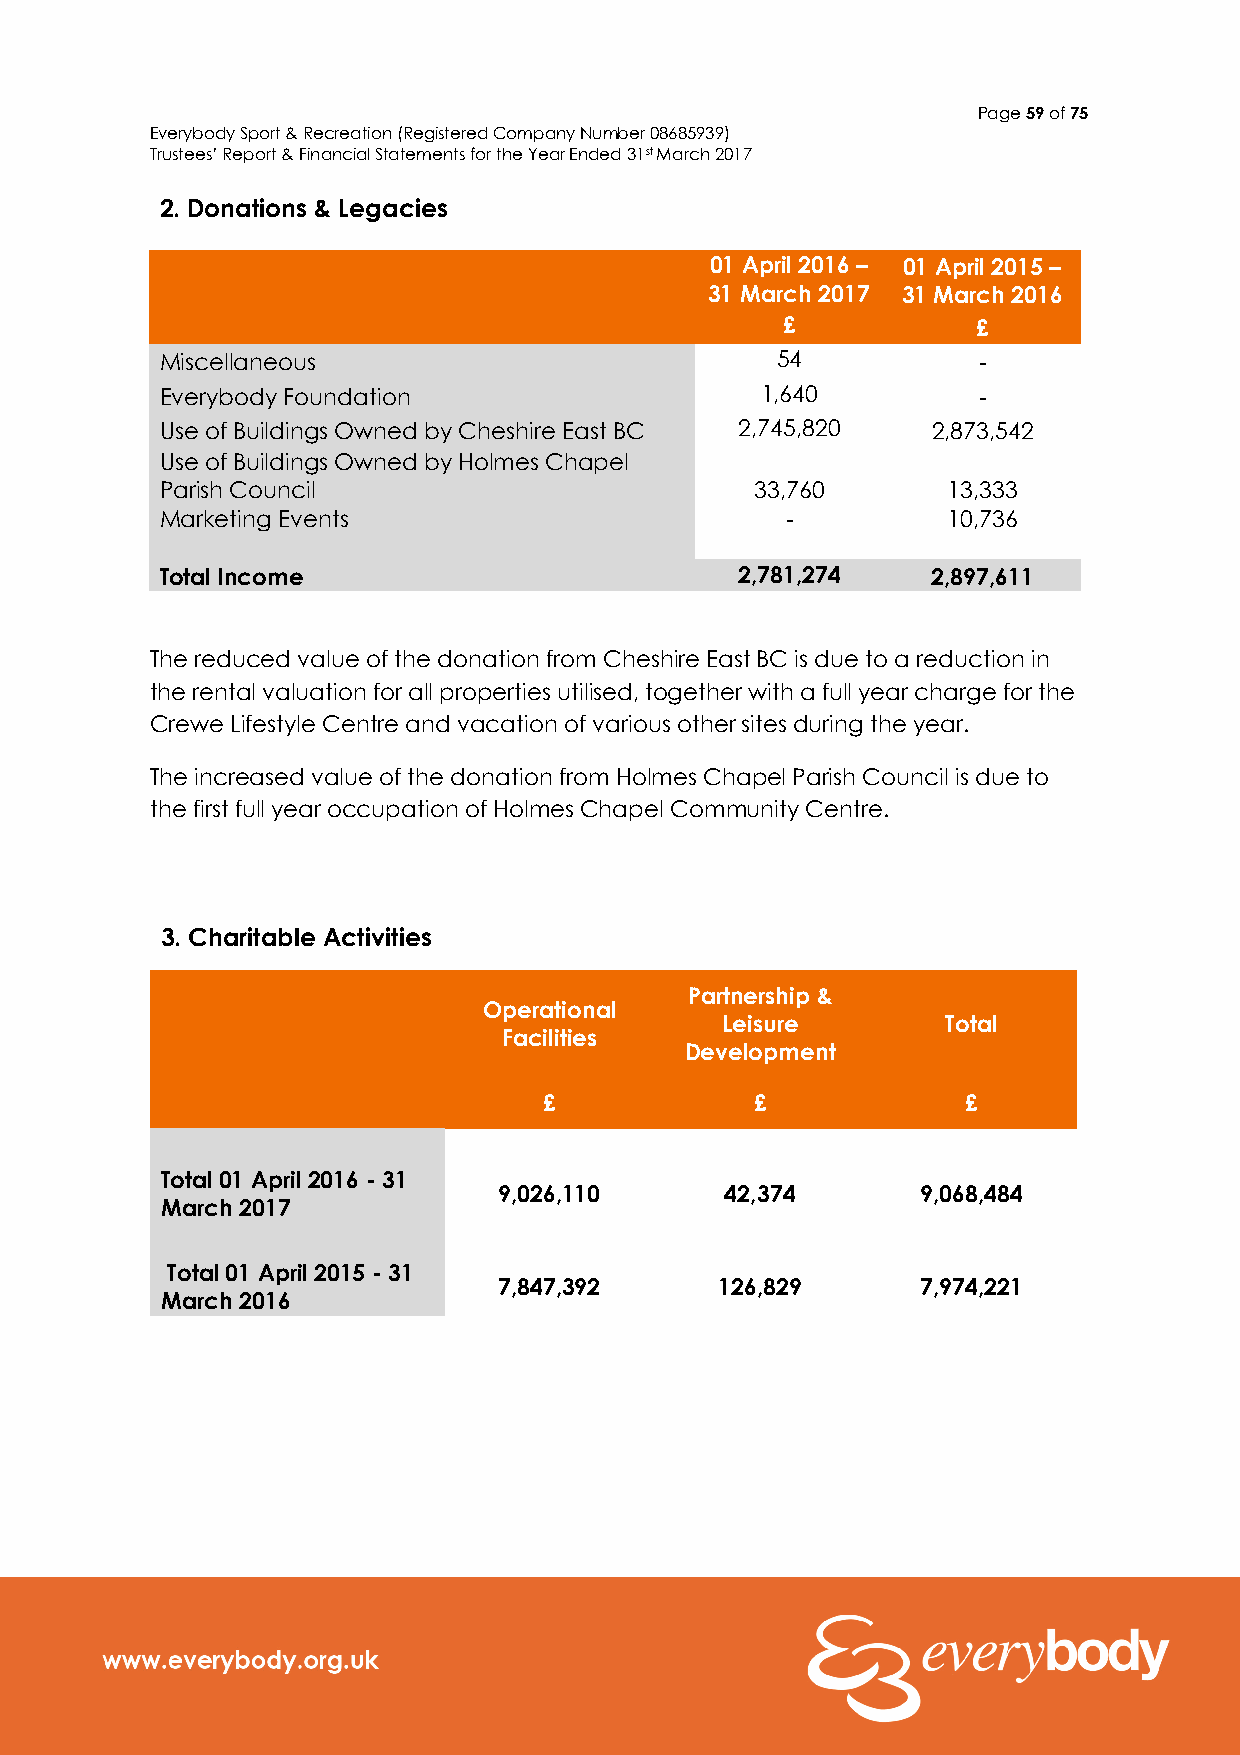
Page 59 of 75
 Everybody Sport & Recreation (Registered Company Number 08685939)
 Trustees’ Report & Financial Statements for the Year Ended 31st March 2017
 2. Donations & Legacies
 01 April 2016 – 01 April 2015 –
 31 March 2017 31 March 2016
 £            £
 Miscellaneous                           54            -
 Everybody Foundation                   1,640          -
 Use of Buildings Owned by Cheshire East BC 2,745,820 2,873,542
 Use of Buildings Owned by Holmes Chapel
 Parish Council                         33,760       13,333
 Marketing Events                         -          10,736
 Total Income                          2,781,274    2,897,611
 The reduced value of the donation from Cheshire East BC is due to a reduction in
 the rental valuation for all properties utilised, together with a full year charge for the
 Crewe Lifestyle Centre and vacation of various other sites during the year.
 The increased value of the donation from Holmes Chapel Parish Council is due to
 the first full year occupation of Holmes Chapel Community Centre.
 3. Charitable Activities
 Partnership &
 Operational
 Leisure        Total
 Facilities
 Development
 £             £             £
 Total 01 April 2016 - 31
 9,026,110      42,374       9,068,484
 March 2017
 Total 01 April 2015 - 31
 7,847,392      126,829      7,974,221
 March 2016